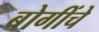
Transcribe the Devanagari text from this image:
बोगींचे